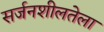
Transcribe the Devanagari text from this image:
सर्जनशीलतेला